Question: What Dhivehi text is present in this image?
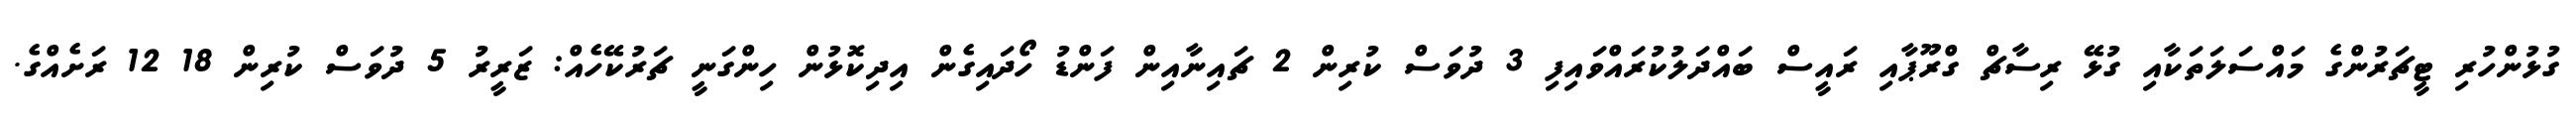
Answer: ގުޅުންހުރި ޓީޗަރުންގެ މައްސަލަތަކާއި ގުޅޭ ރިސާޗް ގްރޫޕާއި ރައީސް ބައްދަލުކުރައްވައިފި 3 ދުވަސް ކުރިން 2 ޗައިނާއިން ފަންޑު ހޯދައިގެން އިދިކޮޅުން ހިންގަނީ ޗަރުކޭހެއް: ޒަރީރު 5 ދުވަސް ކުރިން 18 12 ރަށެއްގެ.